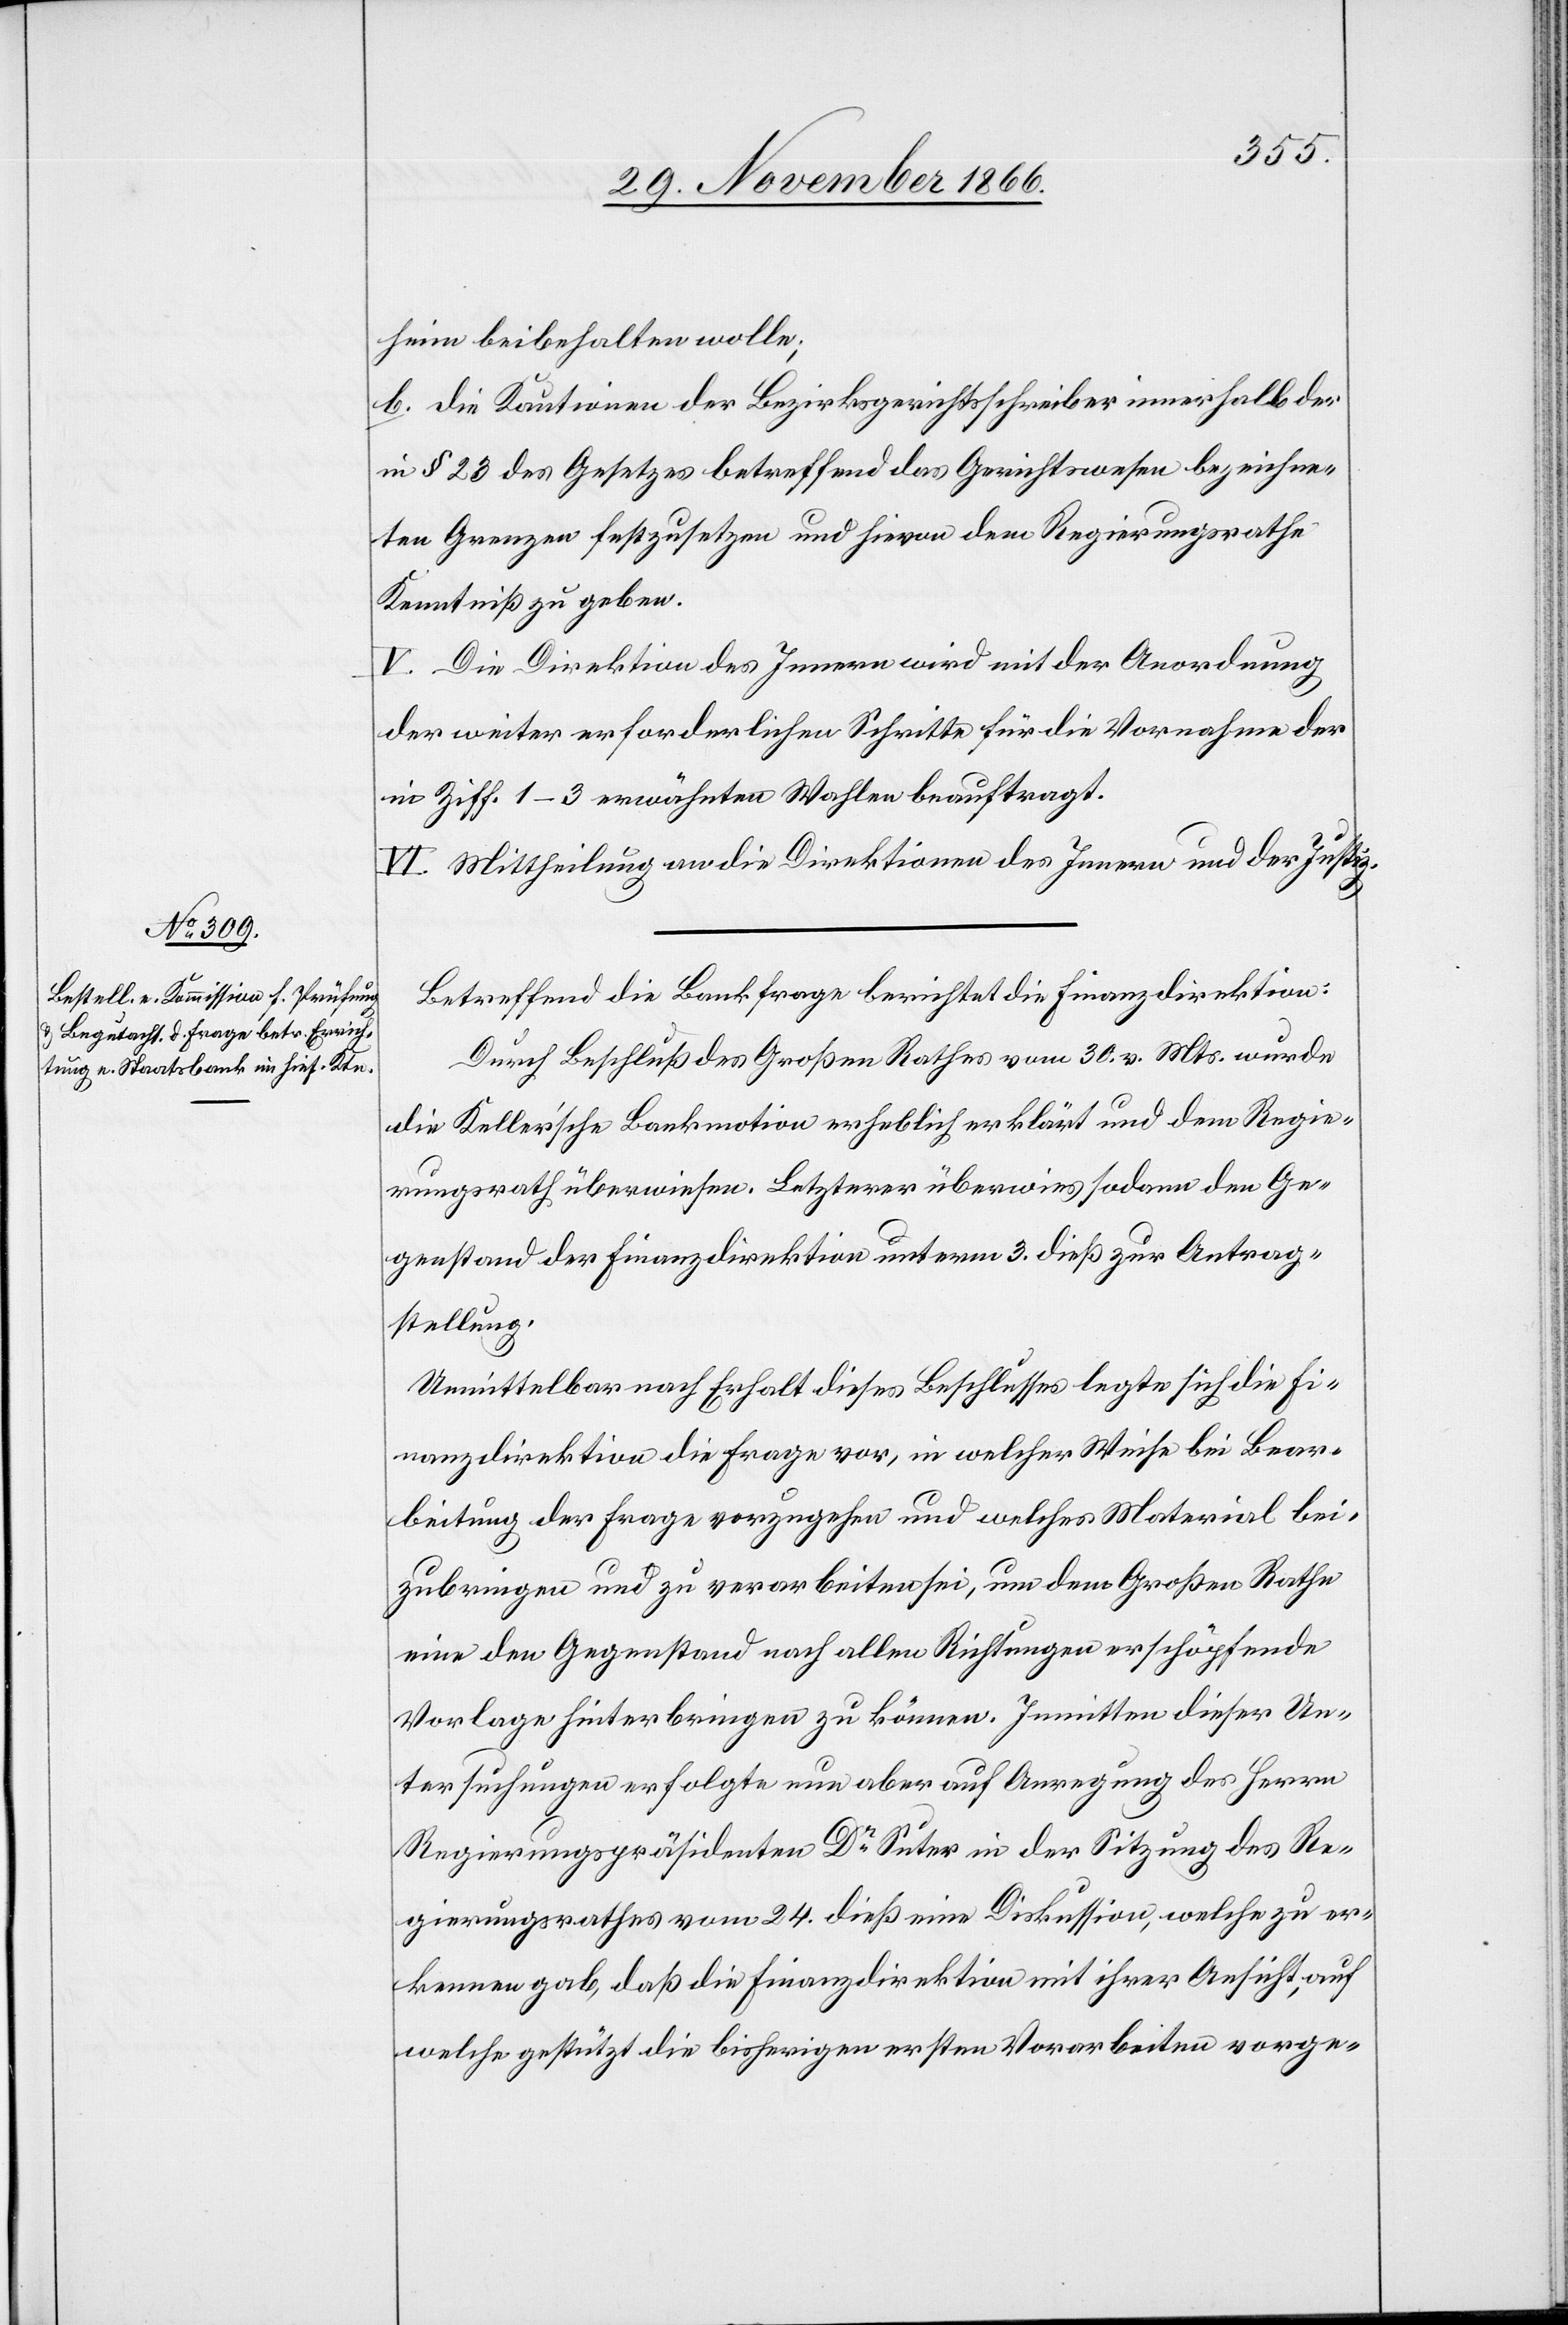
heim beibehalten wolle.
b. die Kautionen der Bezirksgerichtsschreiber innerhalb der
in § 23 des Gesetzes betreffend das Gerichtswesen bezeichne¬
ten Grenzen festzusetzen und hievon dem Regierungsrathe
Kenntniß zu geben.
V. Die Direktion des Innern wird mit der Anordnung
der weiter erforderlichen Schritte für die Vornahme der
in Ziff. 1–3 erwähnten Wahlen beauftragt.
VI. Mittheilung an die Direktionen des Innern und der Justiz.
Betreffend die Bankfrage berichtet die Finanzdirektion:
Durch Beschluß des Großen Rathes vom 30. v. Mts. wurde
die Keller’sche Bankmotion erheblich erklärt und dem Regie¬
rungsrath überwiesen. Letzterer überwies sodann den Ge¬
genstand der Finanzdirektion unterm 3. dieß zur Antrag¬
stellung.
Unmittelbar nach Erhalt dieses Beschlusses legte sich die Fi¬
nanzdirektion die Frage vor, in welcher Weise bei Bear¬
beitung der Frage vorzugehen und welches Material bei¬
zubringen und zu verarbeiten sei, um dem Großen Rathe
eine den Gegenstand nach allen Richtungen erschöpfende
Vorlage hinterbringen zu können. Inmitten dieser Un¬
tersuchungen erfolgte nun aber auf Anregung des Herrn
Regierungspräsidenten Dr. Suter in der Sitzung des Re¬
gierungsrathes vom 24. dieß eine Diskussion, welche zu er¬
kennen gab, daß die Finanzdirektion mir ihrer Ansicht, auf
welche gestützt die bisherigen ersten Vorarbeiten vorge-